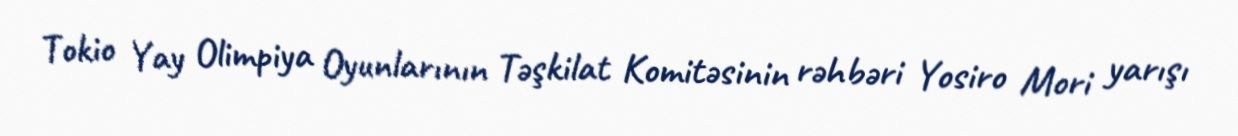
Tokio Yay Olimpiya Oyunlarının Təşkilat Komitəsinin rəhbəri Yosiro Mori yarışı